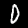
Digit: 0